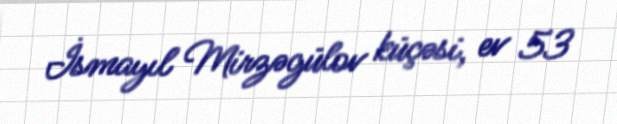
İsmayıl Mirzəgülov küçəsi, ev 53